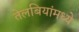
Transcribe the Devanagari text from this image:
तेलबियांमध्ये